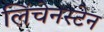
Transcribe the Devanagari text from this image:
लिंचेनस्टेन